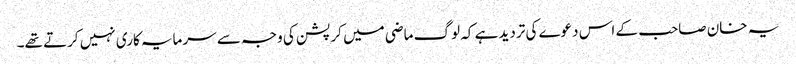
یہ خان صاحب کے اس دعوے کی تردید ہے کہ لوگ ماضی میں کرپشن کی وجہ سے سرمایہ کاری نہیں کرتے تھے۔